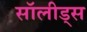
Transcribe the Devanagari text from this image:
सॉलीड्स